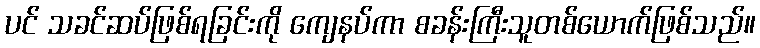
ပင် သခင်ဆပ်ဖြစ်ရခြင်းကို ကျေနပ်ကာ စခန်းကြီးသူတစ်ယောက်ဖြစ်သည်။